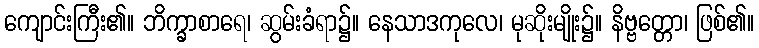
ကျောင်းကြီး၏။ ဘိက္ခာစာရေ၊ ဆွမ်းခံရာ၌။ နေသာဒကုလေ၊ မုဆိုးမျိုး၌။ နိဗ္ဗတ္တော၊ ဖြစ်၏။